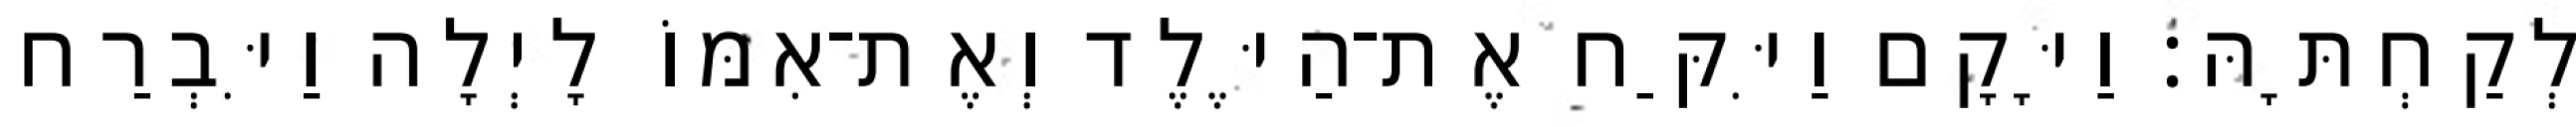
לְקַחְתָּהּ׃ וַיָּקָם וַיִּקַּח אֶת־הַיֶּלֶד וְאֶת־אִמּוֹ לָיְלָה וַיִּבְרַח